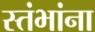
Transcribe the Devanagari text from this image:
स्तंभांना